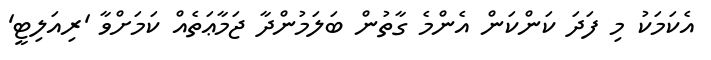
އެކަމަކު މި ފަދަ ކަންކަން އެންމެ ގާތުން ބަލަމުންދާ ޖަމާޢަތެއް ކަމަށްވާ 'ރިއަލިޓީ'